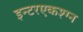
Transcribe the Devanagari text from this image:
इन्टरएकश्ग्न